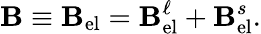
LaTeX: \mathbf{B}\equiv\mathbf{B}_{\mathrm{el}}=\mathbf{B}_{\mathrm{el}}^{\ell}+\mathbf{B}_{\mathrm{el}}^{s}.